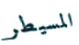
المسيطر